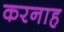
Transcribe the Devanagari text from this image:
करनाह